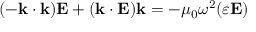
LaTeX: ( - \mathbf { k } \cdot \mathbf { k } ) \mathbf { E } + ( \mathbf { k } \cdot \mathbf { E } ) \mathbf { k } = - \mu _ { 0 } \omega ^ { 2 } ( { \boldsymbol { \varepsilon } } \mathbf { E } )